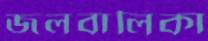
জলবালিকা